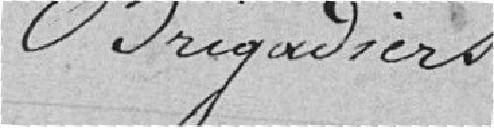
Brigadiers